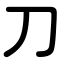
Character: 刀